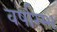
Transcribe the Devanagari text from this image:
वर्षारम्भ